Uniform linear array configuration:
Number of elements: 16
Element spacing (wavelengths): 1
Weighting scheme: cosine
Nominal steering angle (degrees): -45
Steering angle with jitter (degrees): -43.31
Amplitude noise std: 0.05
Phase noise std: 0.05

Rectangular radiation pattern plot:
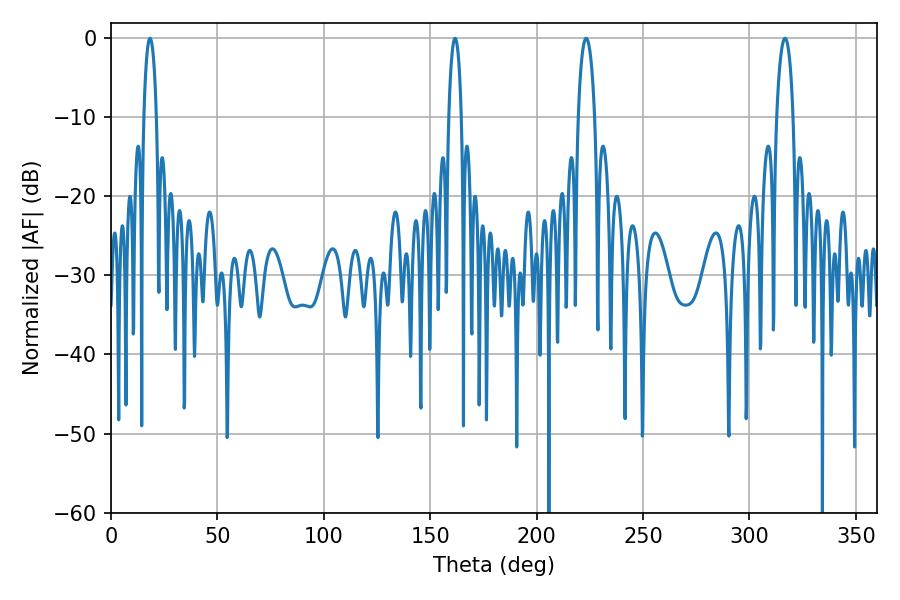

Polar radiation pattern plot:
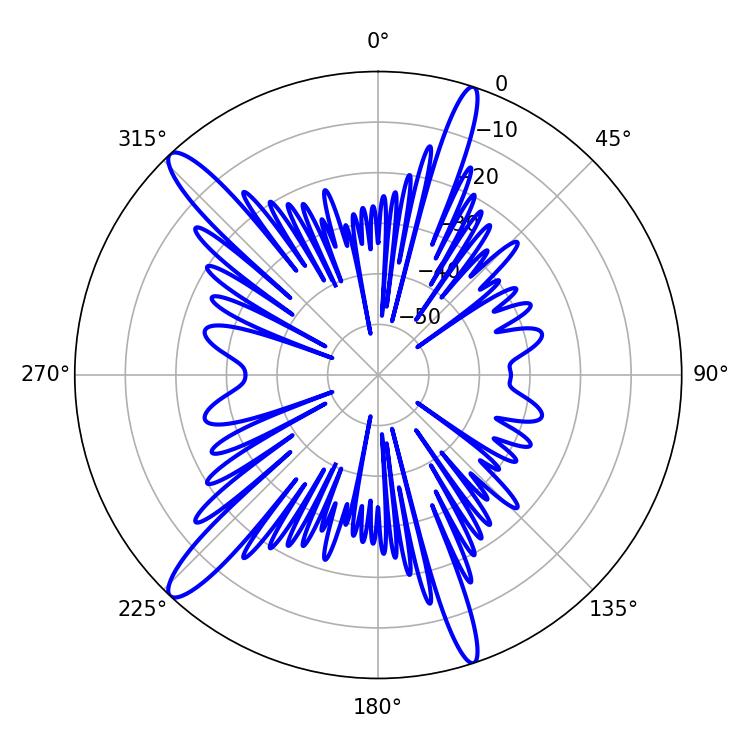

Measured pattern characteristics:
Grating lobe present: TRUE
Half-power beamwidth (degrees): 3.24
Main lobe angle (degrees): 161.64